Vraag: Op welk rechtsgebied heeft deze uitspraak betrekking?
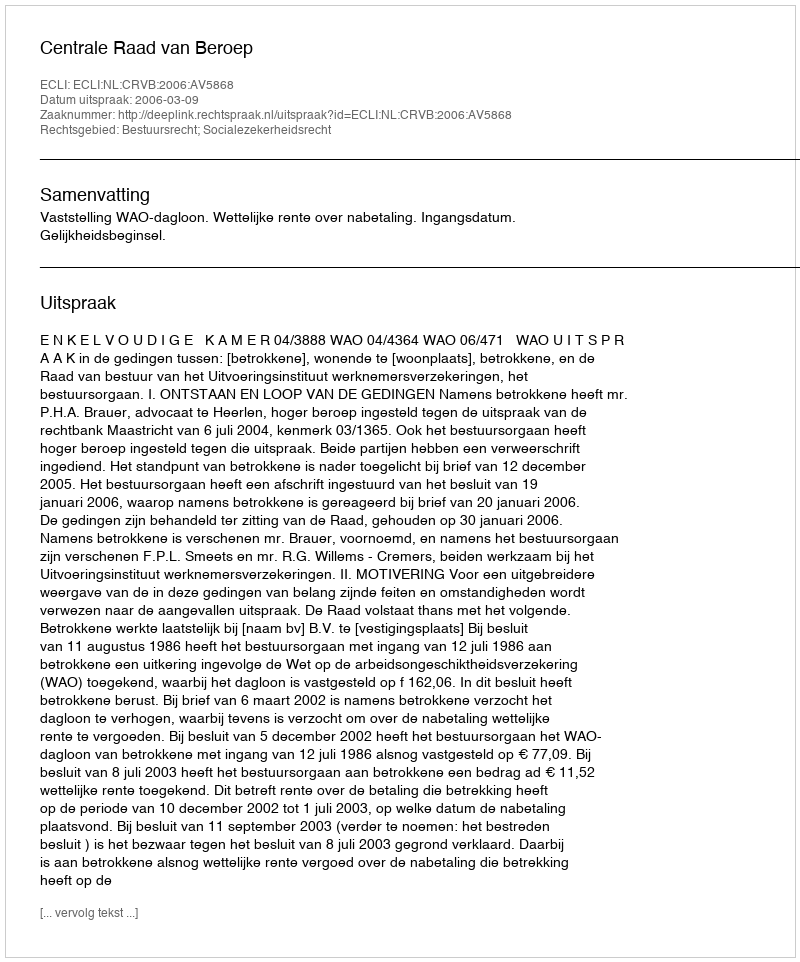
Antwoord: Bestuursrecht; Socialezekerheidsrecht